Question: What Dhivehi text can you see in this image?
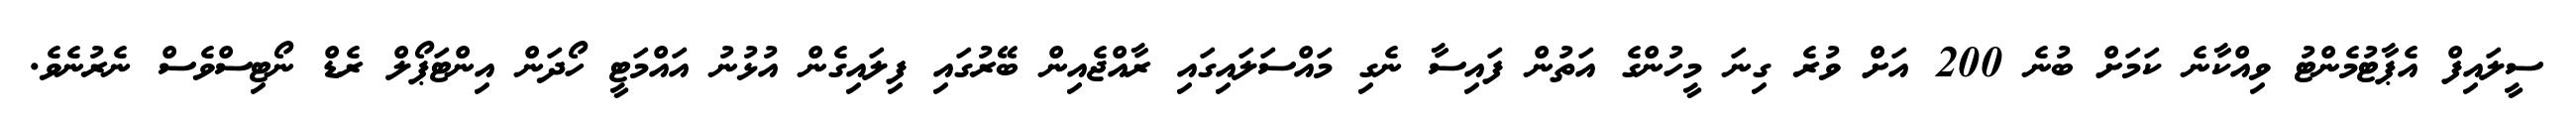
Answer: ސީލައިފް އެޕާޓުމެންޓު ވިއްކާނެ ކަމަށް ބުނެ 200 އަށް ވުރެ ގިނަ މީހުންގެ އަތުން ފައިސާ ނެގި މައްސަލައިގައި ރާއްޖެއިން ބޭރުގައި ފިލައިގެން އުޅުނު އައްމަޓީ ހޯދަން އިންޓަޕޯލް ރެޑް ނޯޓިސްވެސް ނެރުނެވެ.